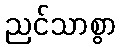
ညင်သာစွာ